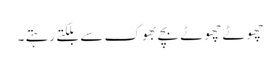
چھوٹے چھوٹے بچے بھوک سے بلکتے رہتے ۔